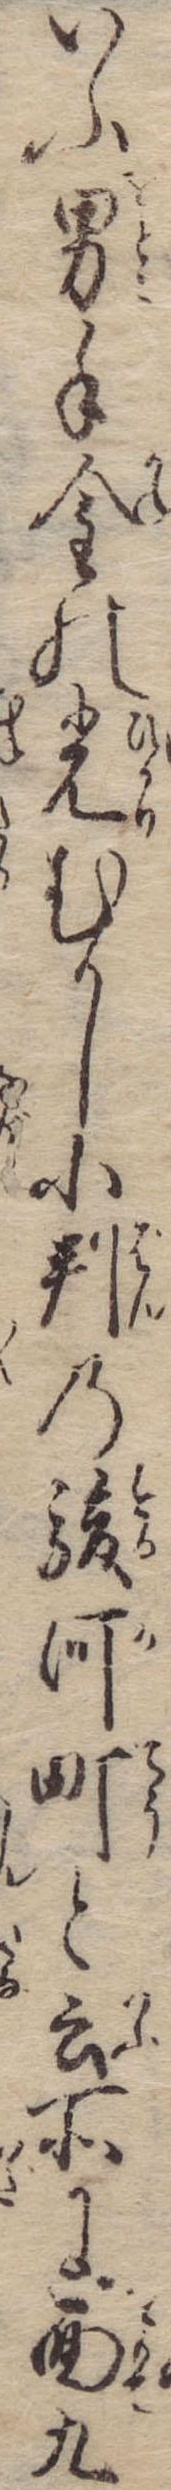
いふ男手金の光むかし小判の駿河町と云所に面九